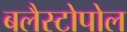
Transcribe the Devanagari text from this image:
बलैस्टोपोल